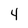
Character: 4